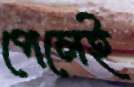
পেলেই